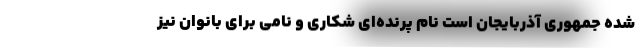
شده جمهوری آذربایجان است نام پرنده‌ای شکاری و نامی برای بانوان نیز